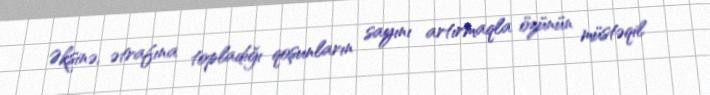
Əksinə, ətrafına topladığı qoşunların sayını artırmaqla özünün müstəqil